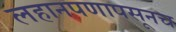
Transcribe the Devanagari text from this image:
लहानपणापसूनच